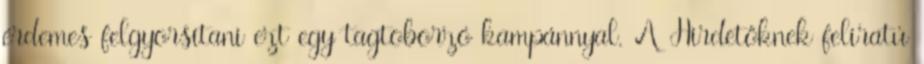
érdemes felgyorsítani ezt egy tagtoborzó kampánnyal. A Hirdetőknek feliratú